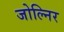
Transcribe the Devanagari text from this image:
जोल्निर